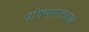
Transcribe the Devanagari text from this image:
घोषणापत्रामध्ये